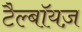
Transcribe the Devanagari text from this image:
टैल्बॉयज़